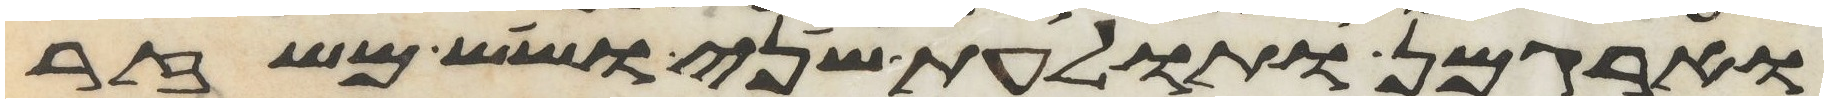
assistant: וארגמן ותולעת שני ושש משזר